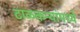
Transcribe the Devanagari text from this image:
टाळकऱ्यांमध्ये